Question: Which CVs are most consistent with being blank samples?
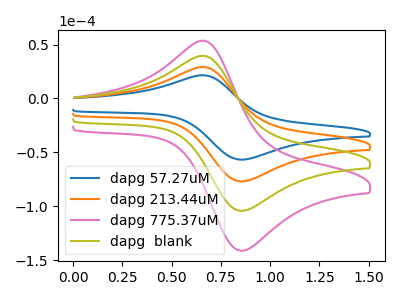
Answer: <think>The blue curve "dapg 57.27uM" has an anodic peak at (0.65V, 21.50uA) and a cathodic peak at (0.85V, -56.65uA). The orange curve "dapg 213.44uM" has an anodic peak at (0.65V, 29.15uA) and a cathodic peak at (0.85V, -76.75uA). The pink curve "dapg 775.37uM" has an anodic peak at (0.65V, 87.50uA) and a cathodic peak at (0.85V, -230.30uA). The olive curve "dapg  blank" has an anodic peak at (0.65V, 58.30uA) and a cathodic peak at (0.85V, -153.50uA).</think>
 <answer>There are not any CV's on this graph that are likely to be blanks.</answer>
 <eval>none</eval>